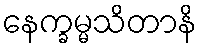
နေက္ခမ္မသိတာနိ